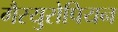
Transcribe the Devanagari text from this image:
गैरयुरोपियन